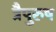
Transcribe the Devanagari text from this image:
त्रैपुरुष